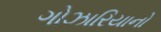
ગોઝારિયાનો